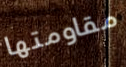
مقاومتها